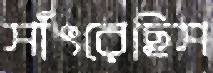
সাঁৎরেছিস